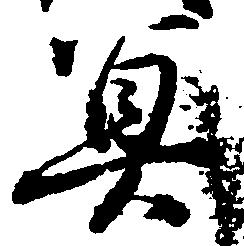
冥